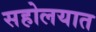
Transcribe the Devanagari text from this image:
सहोलयात